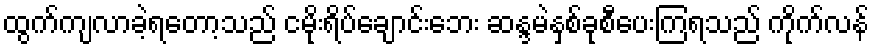
ထွက်ကျလာခဲ့ရတော့သည် ငမိုးရိပ်ချောင်းဘေး ဆန္ဒမဲနှစ်ခုစီပေးကြရသည် ကိုက်လန်